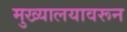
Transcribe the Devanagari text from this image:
मुख्यालयावरून